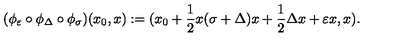
( \phi _ { \varepsilon } \circ \phi _ { \Delta } \circ \phi _ { \sigma } ) ( x _ { 0 } , x ) : = ( x _ { 0 } + \frac { 1 } { 2 } x ( \sigma + \Delta ) x + \frac { 1 } { 2 } \Delta x + \varepsilon x , x ) .